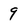
Character: 9